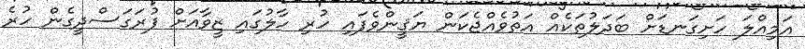
އަމިއްލަ ހަށިގަނޑަށް ބަދަލުތަކެއް އަތުވެއްޖެކަން ޔަޤީންވެފައި ހުރި ހާލުގައި ޒީވާއަށް ފުރަގަސްދީގެން ހުރެ